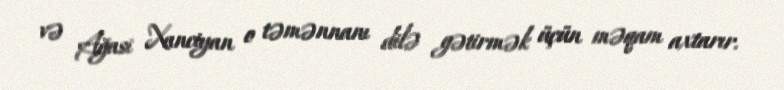
və Ağasi Xanciyan o təmənnanı dilə gətirmək üçün məqam axtarır.